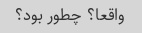
واقعا؟ چطور بود؟